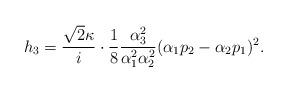
LaTeX: \begin{align*}h_3 = \frac{\sqrt{2} \kappa}{i} \cdot \frac{1}{8} \frac{\alpha_3^{ 2}}{\alpha_1^{ 2} \alpha_2^{ 2} } ( \alpha_1 p_2 - \alpha_2 p_1 )^2 .\end{align*}